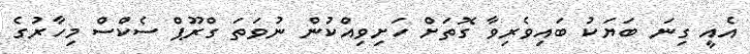
އެއީ ގިނަ ބަޔަކު ބައިވެރިވާ ގޮތަށް ހަށިވިއްކުން ނުވަތަ ގްރޫޕް ސެކްސް މިހާރުގެ